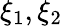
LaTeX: \xi_{1},\xi_{2}